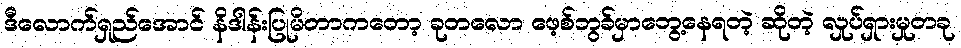
ဒီလောက်ရှည်အောင် နိဒါန်းပြုမိတာကတော့ ခုတလော ဖေ့စ်ဘွခ်မှာတွေ့နေရတဲ့ ဆိုတဲ့ လှုပ်ရှားမှုတခု